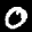
Label: 0